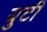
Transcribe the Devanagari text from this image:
युटी